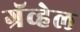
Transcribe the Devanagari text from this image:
ग्रॅव्हेल